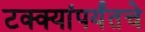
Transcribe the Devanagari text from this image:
टक्क्यांपर्यंतचे